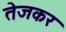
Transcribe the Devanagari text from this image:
तेजकर